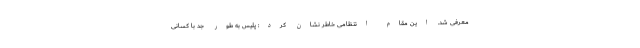
معرفی شد. این مقام انتظامی خاطر نشان کرد: پلیس به طور جد با کسانی